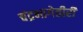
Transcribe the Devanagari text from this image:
चंद्रभागेतीरीं